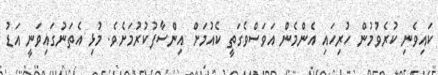
ކައިވެނި ކުރެވުމުން ހުރިހައި އެންމެން އަވަސްވެގަތީ ކެއުމަށް އިންސާފުކުރުމަށެވެ. މުޅި އެތަނުގައިވަނީ އަޑު